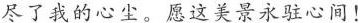
尽了我的心尘。愿这美景永驻心间！